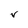
Character: V